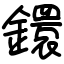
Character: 鐶